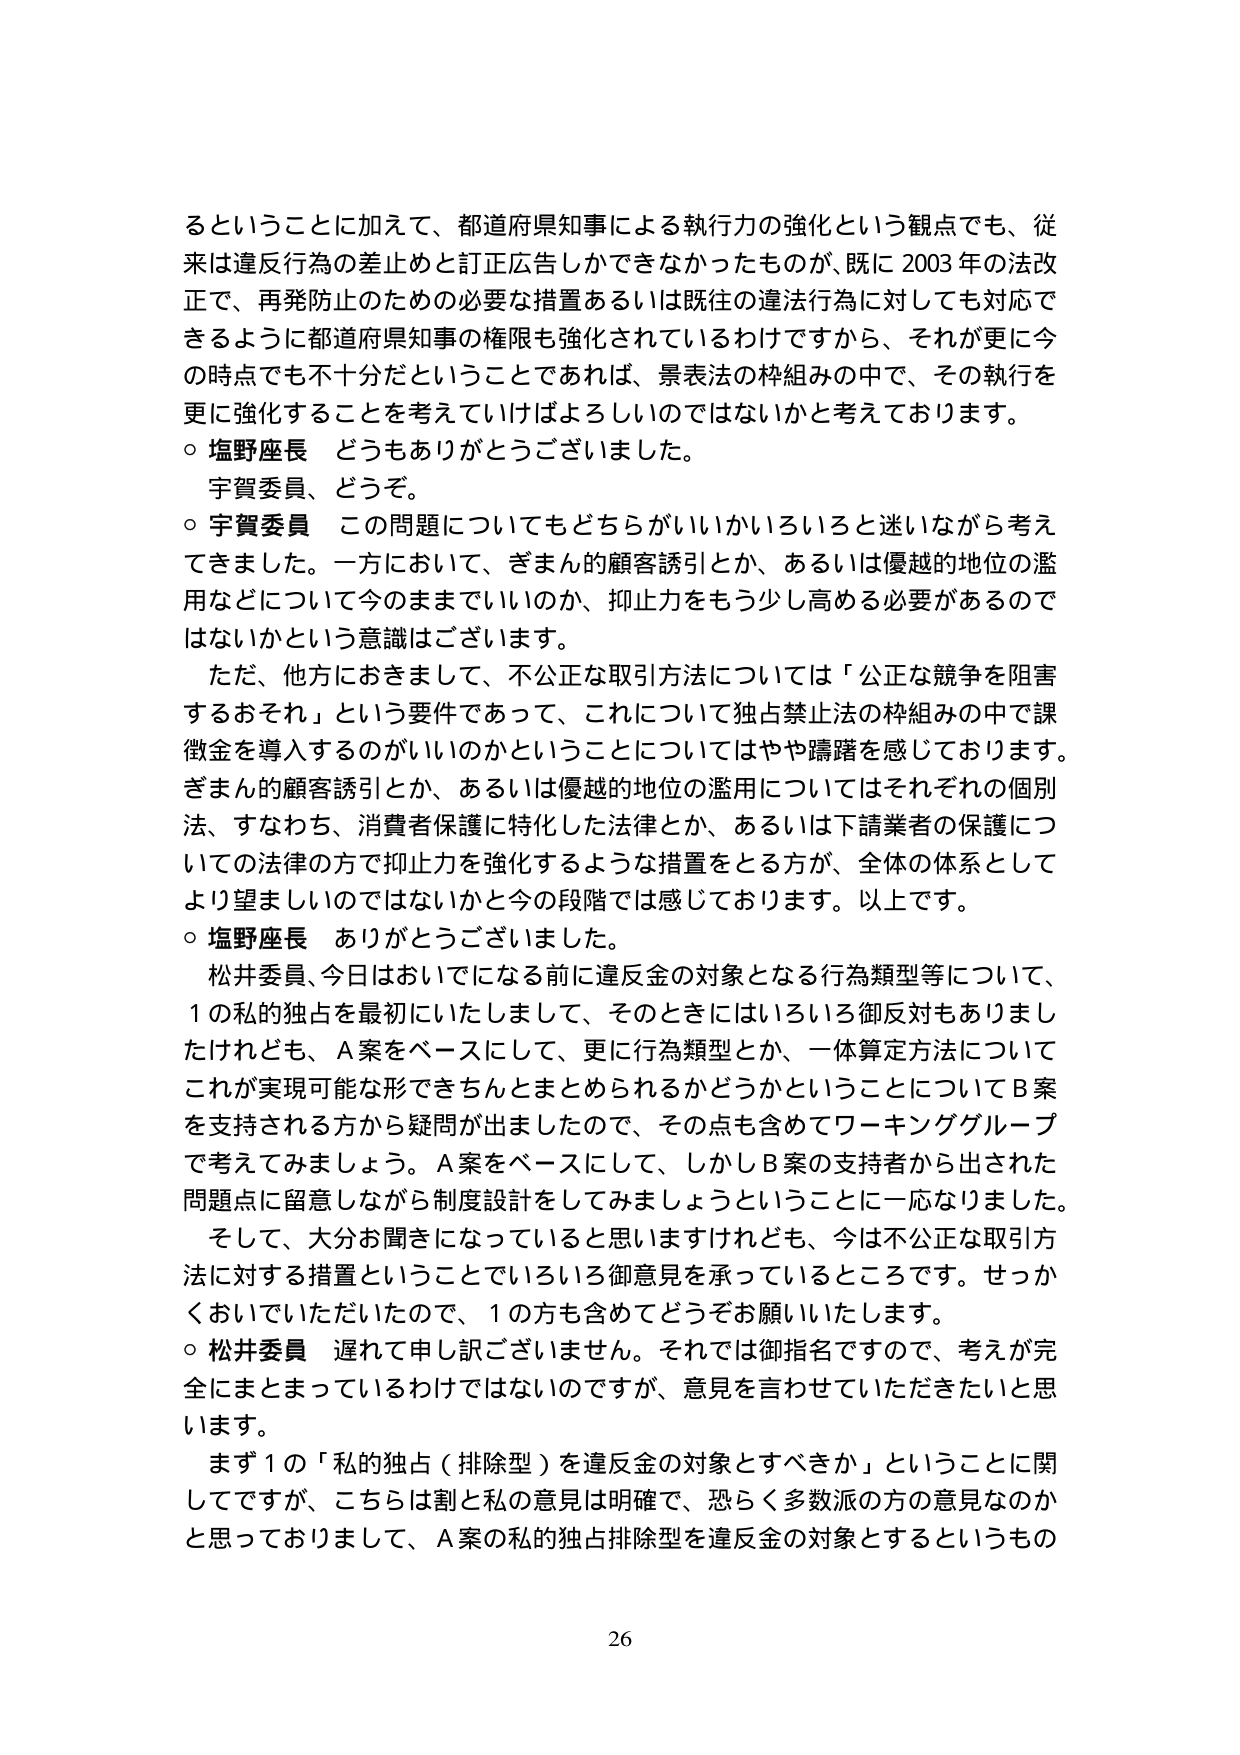
るということに加えて、都道府県知事による執行力の強化という観点でも、従来は違反行為の差止めと訂正広告しかできなかったものが、既に2003年の法改正で、再発防止のための必要な措置あるいは既往の違法行為に対しても対応できるように都道府県知事の権限も強化されているわけですから、それが更に今の時点でも不十分だということであれば、景表法の枠組みの中で、その執行を更に強化することを考えていけばよいのではないかと考えております。

○ 塩野座長 どうもありがとうございました。
　宇賀委員、どうぞ。

○ 宇賀委員 この問題についてもどちらがいいかいろいろと迷いながら考えてきました。一方において、ぎまん的顧客誘引とか、あるいは優越的地位の濫用などについて今のままでいいのか、抑止力をもう少し高める必要があるのではないかという意識はございます。
　ただ、他方におきまして、不公正な取引方法については「公正な競争を阻害するおそれ」という要件であって、これについて独占禁止法の枠組みの中で課徴金を導入するのがいいのかということについてはやや躊躇を感じております。ぎまん的顧客誘引とか、あるいは優越的地位の濫用についてはそれぞれの個別法、すなわち、消費者保護に特化した法律とか、あるいは下請業者の保護についての法律の方で抑止力を強化するような措置をとる方が、全体の体系としてより望ましいのではないかと今の段階では感じております。以上です。

○ 塩野座長 ありがとうございました。
　松井委員、今日はおいでになる前に違反金の対象となる行為類型等について、1の私的独占を最初にいたしまして、そのときにはいろいろ御反対もありましたけれども、A案をベースにして、更に行為類型とか、一体算定方法についてこれが実現可能な形できちんとまとめられるかどうかということについてB案を支持される方から疑問が出ましたので、その点も含めてワーキンググループで考えてみましょう。A案をベースにして、しかしB案の支持者から出された問題点に留意しながら制度設計をしてみましょうということに一応なりました。
　そして、大分お聞きになっていると思いますけれども、今は不公正な取引方法に対する措置ということでいろいろ御意見を承っているところです。せっかくおいでいただいたので、1の方も含めてどうぞお願いいたします。

○ 松井委員 遅れて申し訳ございません。それでは御指名ですので、考えが完全にまとまっているわけではないのですが、意見を言わせていただきたいと思います。
　まず1の「私的独占（排除型）を違反金の対象とすべきか」ということに関してですが、こちらは割と私の意見は明確で、恐らく多数派の方の意見なのかと思っておりまして、A案の私的独占排除型を違反金の対象とするというもの

26